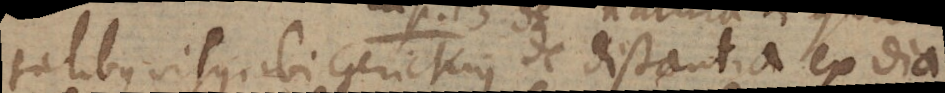
tatibus visus. Ibi Gerickius de distantia ex dia